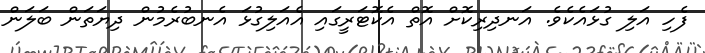
ފެހި އަލި ގުޅައެކެވެ. އަނދިރިކޮށް އޮތް އެކޮޓަރީގައި އެއަލިގުޅަ އެނބުރެމުން ދިޔަތަން ބަލަން